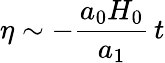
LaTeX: \eta\sim-\frac{a_{0}H_{0}}{a_{1}}\, t